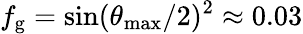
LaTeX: f_{\mathrm{g}}=\sin(\theta_{\mathrm{max}}/2)^{2}\approx 0.03